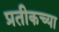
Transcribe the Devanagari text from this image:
प्रतीकच्या